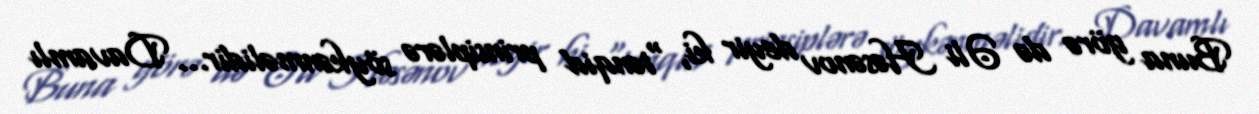
Buna görə də Əli Həsənov deyir ki, “tənqid prinsiplərə söykənməlidir... Davamlı